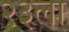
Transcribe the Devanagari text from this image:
२३ला